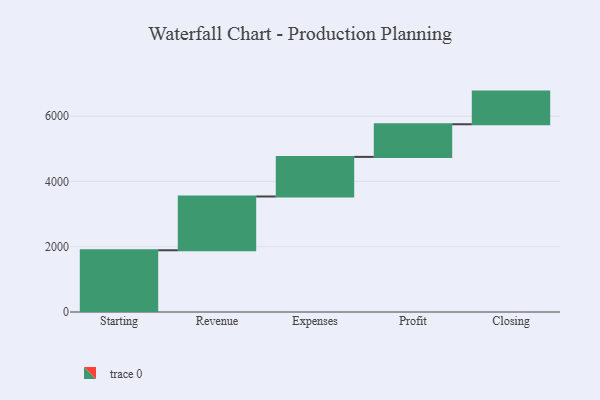
{"axis": {"x": "Step", "y": "Value"}, "legend": [""], "data": [{"x": "Starting", "y": 1891.0, "type": ""}, {"x": "Revenue", "y": 1647.0, "type": ""}, {"x": "Expenses", "y": 1213.0, "type": ""}, {"x": "Profit", "y": 1000, "type": ""}, {"x": "Closing", "y": 1000, "type": ""}]}